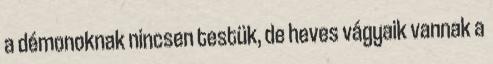
a démonoknak nincsen testük, de heves vágyaik vannak a